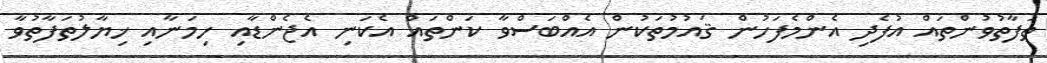
ތަފާތުުވުންތައް އުފެދި އެންމެފަހުން ޤައުމުތަކުން އެއްބަސްވާ ކަންތައް އެކަނި އެޖެންޑާއި ހިމަނާއި ޚިޔާލުތަފާތުވާ